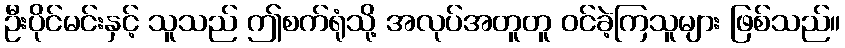
ဦးပိုင်မင်းနှင့် သူသည် ဤစက်ရုံသို့ အလုပ်အတူတူ ဝင်ခဲ့ကြသူများ ဖြစ်သည်။